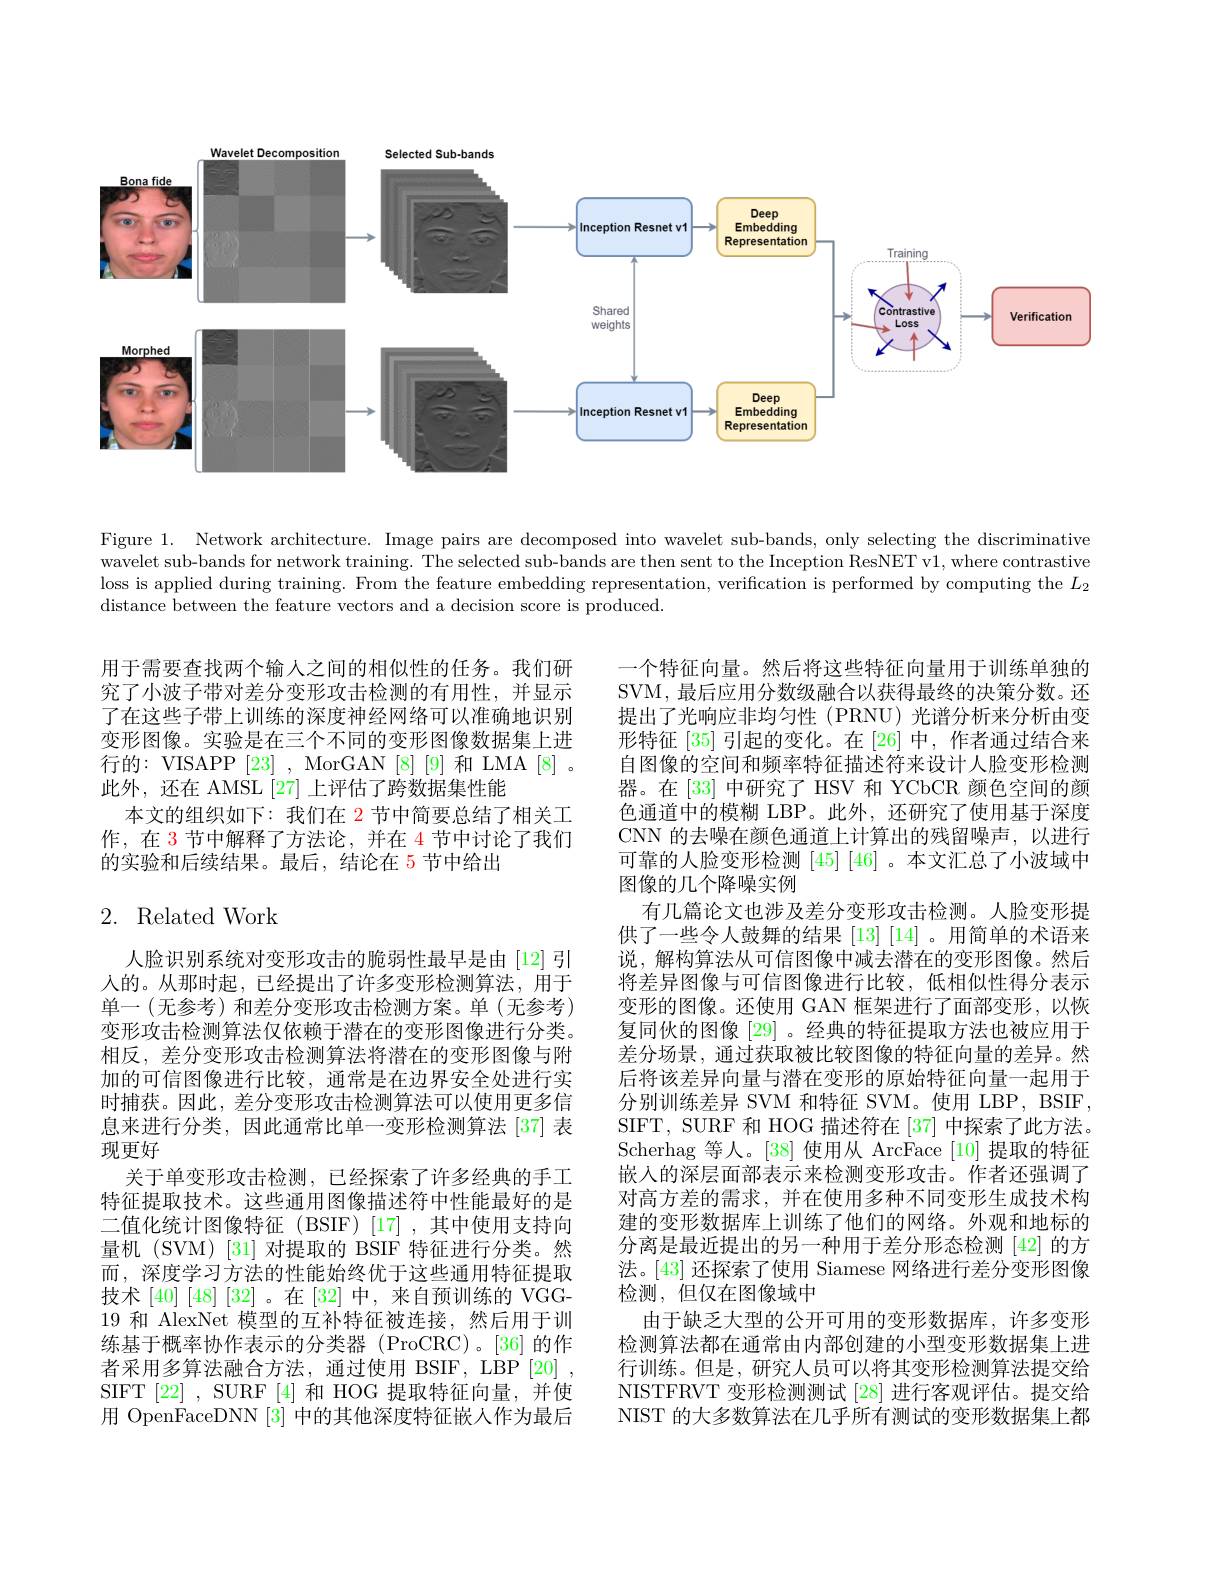
<FigureHere>

Figure 1. Network architecture. Image pairs are decomposed into wavelet sub-bands, only selecting the discriminative wavelet sub-bands for network training. The selected sub-bands are then sent to the Inception ResNET v1, where contrastive loss is applied during training. From the feature embedding representation, verification is performed by computing the $L_2$ distance between the feature vectors and a decision score is produced.

用于需要查找两个输入之间的相似性的任务。我们研究了小波子带对差分变形攻击检测的有用性，并显示了在这些子带上训练的深度神经网络可以准确地识别变形图像。实验是在三个不同的变形图像数据集上进行的：VISAPP [23], MorGAN [8][9] 和 LMA[8]。此外，还在 AMSL [27] 上评估了跨数据集性能
本文的组织如下：我们在 2 节中简要总结了相关工作，在 3 节中解释了方法论，并在 4 节中讨论了我们的实验和后续结果。最后，结论在 5 节中给出

# 2. Related Work

一个特征向量。然后将这些特征向量用于训练单独的SVM, 最后应用分数级融合以获得最终的决策分数。还提出了光响应非均匀性 (PRNU) 光谱分析来分析由变形特征[35]引起的变化。在[26]中，作者通过结合来自图像的空间和频率特征描述符来设计人脸变形检测器。在[33] 中研究了 HSV 和 YCbCR 颜色空间的颜色通道中的模糊 LBP。此外，还研究了使用基于深度CNN 的去噪在颜色通道上计算出的残留噪声，以进行可靠的人脸变形检测[45] [46] 。本文汇总了小波域中图像的几个降噪实例
有几篇论文也涉及差分变形攻击检测。人脸变形提供了一些令人鼓舞的结果[13] [14]。用简单的术语来说，解构算法从可信图像中减去潜在的变形图像。然后将差异图像与可信图像进行比较，低相似性得分表示变形的图像。还使用 GAN 框架进行了面部变形，以恢复同伙的图像[29] 。经典的特征提取方法也被应用于差分场景，通过获取被比较图像的特征向量的差异。然后将该差异向量与潜在变形的原始特征向量一起用于分别训练差异 SVM 和特征 SVM。使用 LBP, BSIF, SIFT, SURF 和 HOG 描述符在 [37] 中探索了此方法。Scherhag 等人。[38] 使用从 ArcFace [10] 提取的特征嵌入的深层面部表示来检测变形攻击。作者还强调了对高方差的需求，并在使用多种不同变形生成技术构建的变形数据库上训练了他们的网络。外观和地标的分离是最近提出的另一种用于差分形态检测[42]的方法。[43] 还探索了使用 Siamese 网络进行差分变形图像检测，但仅在图像域中
由于缺乏大型的公开可用的变形数据库，许多变形检测算法都在通常由内部创建的小型变形数据集上进行训练。但是，研究人员可以将其变形检测算法提交给NISTFRVT 变形检测测试[28] 进行客观评估。提交给NIST 的大多数算法在几乎所有测试的变形数据集上都

人脸识别系统对变形攻击的脆弱性最早是由 [12] 引入的。从那时起，已经提出了许多变形检测算法，用于单一(无参考)和差分变形攻击检测方案。单(无参考) 变形攻击检测算法仅依赖于潜在的变形图像进行分类。相反，差分变形攻击检测算法将潜在的变形图像与附加的可信图像进行比较，通常是在边界安全处进行实时捕获。因此，差分变形攻击检测算法可以使用更多信息来进行分类，因此通常比单一变形检测算法[37] 表现更好
关于单变形攻击检测，已经探索了许多经典的手工特征提取技术。这些通用图像描述符中性能最好的是二值化统计图像特征(BSIF)[17],其中使用支持向量机(SVM)[31]对提取的 BSIF 特征进行分类。然而，深度学习方法的性能始终优于这些通用特征提取技术[40][48][32]。在[32]中，来自预训练的 VGG- 19 和 AlexNet 模型的互补特征被连接，然后用于训练基于概率协作表示的分类器(ProCRC)。[36]的作者采用多算法融合方法，通过使用 BSIF, LBP [20] SIFT[22],SURF[4]和HOG 提取特征向量，并使用 OpenFaceDNN [3] 中的其他深度特征嵌人作为最后